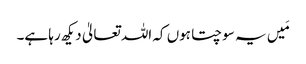
مَیں یہ سوچتا ہوں کہ اللہ تعالیٰ دیکھ رہا ہے۔